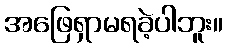
အဖြေရှာမရခဲ့ပါဘူး။